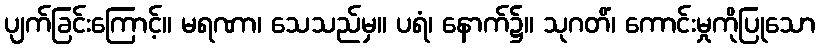
ပျက်ခြင်းကြောင့်။ မရဏာ၊ သေသည်မှ။ ပရံ၊ နောက်၌။ သုဂတိံ၊ ကောင်းမှုကိုပြုသော